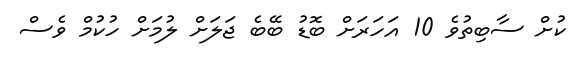
ކުށް ސާބިތުވެ 10 އަހަރަށް ބޮޑު ބޭބެ ޖަލަށް ލުމަށް ހުކުމް ވެސް